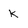
Character: k